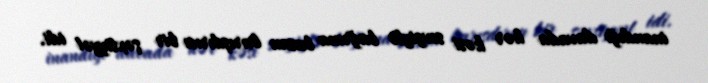
inandığı davada hər kəsi sevgiylə bağrına basan barışdırıcı bir şəxsiyyət idi.